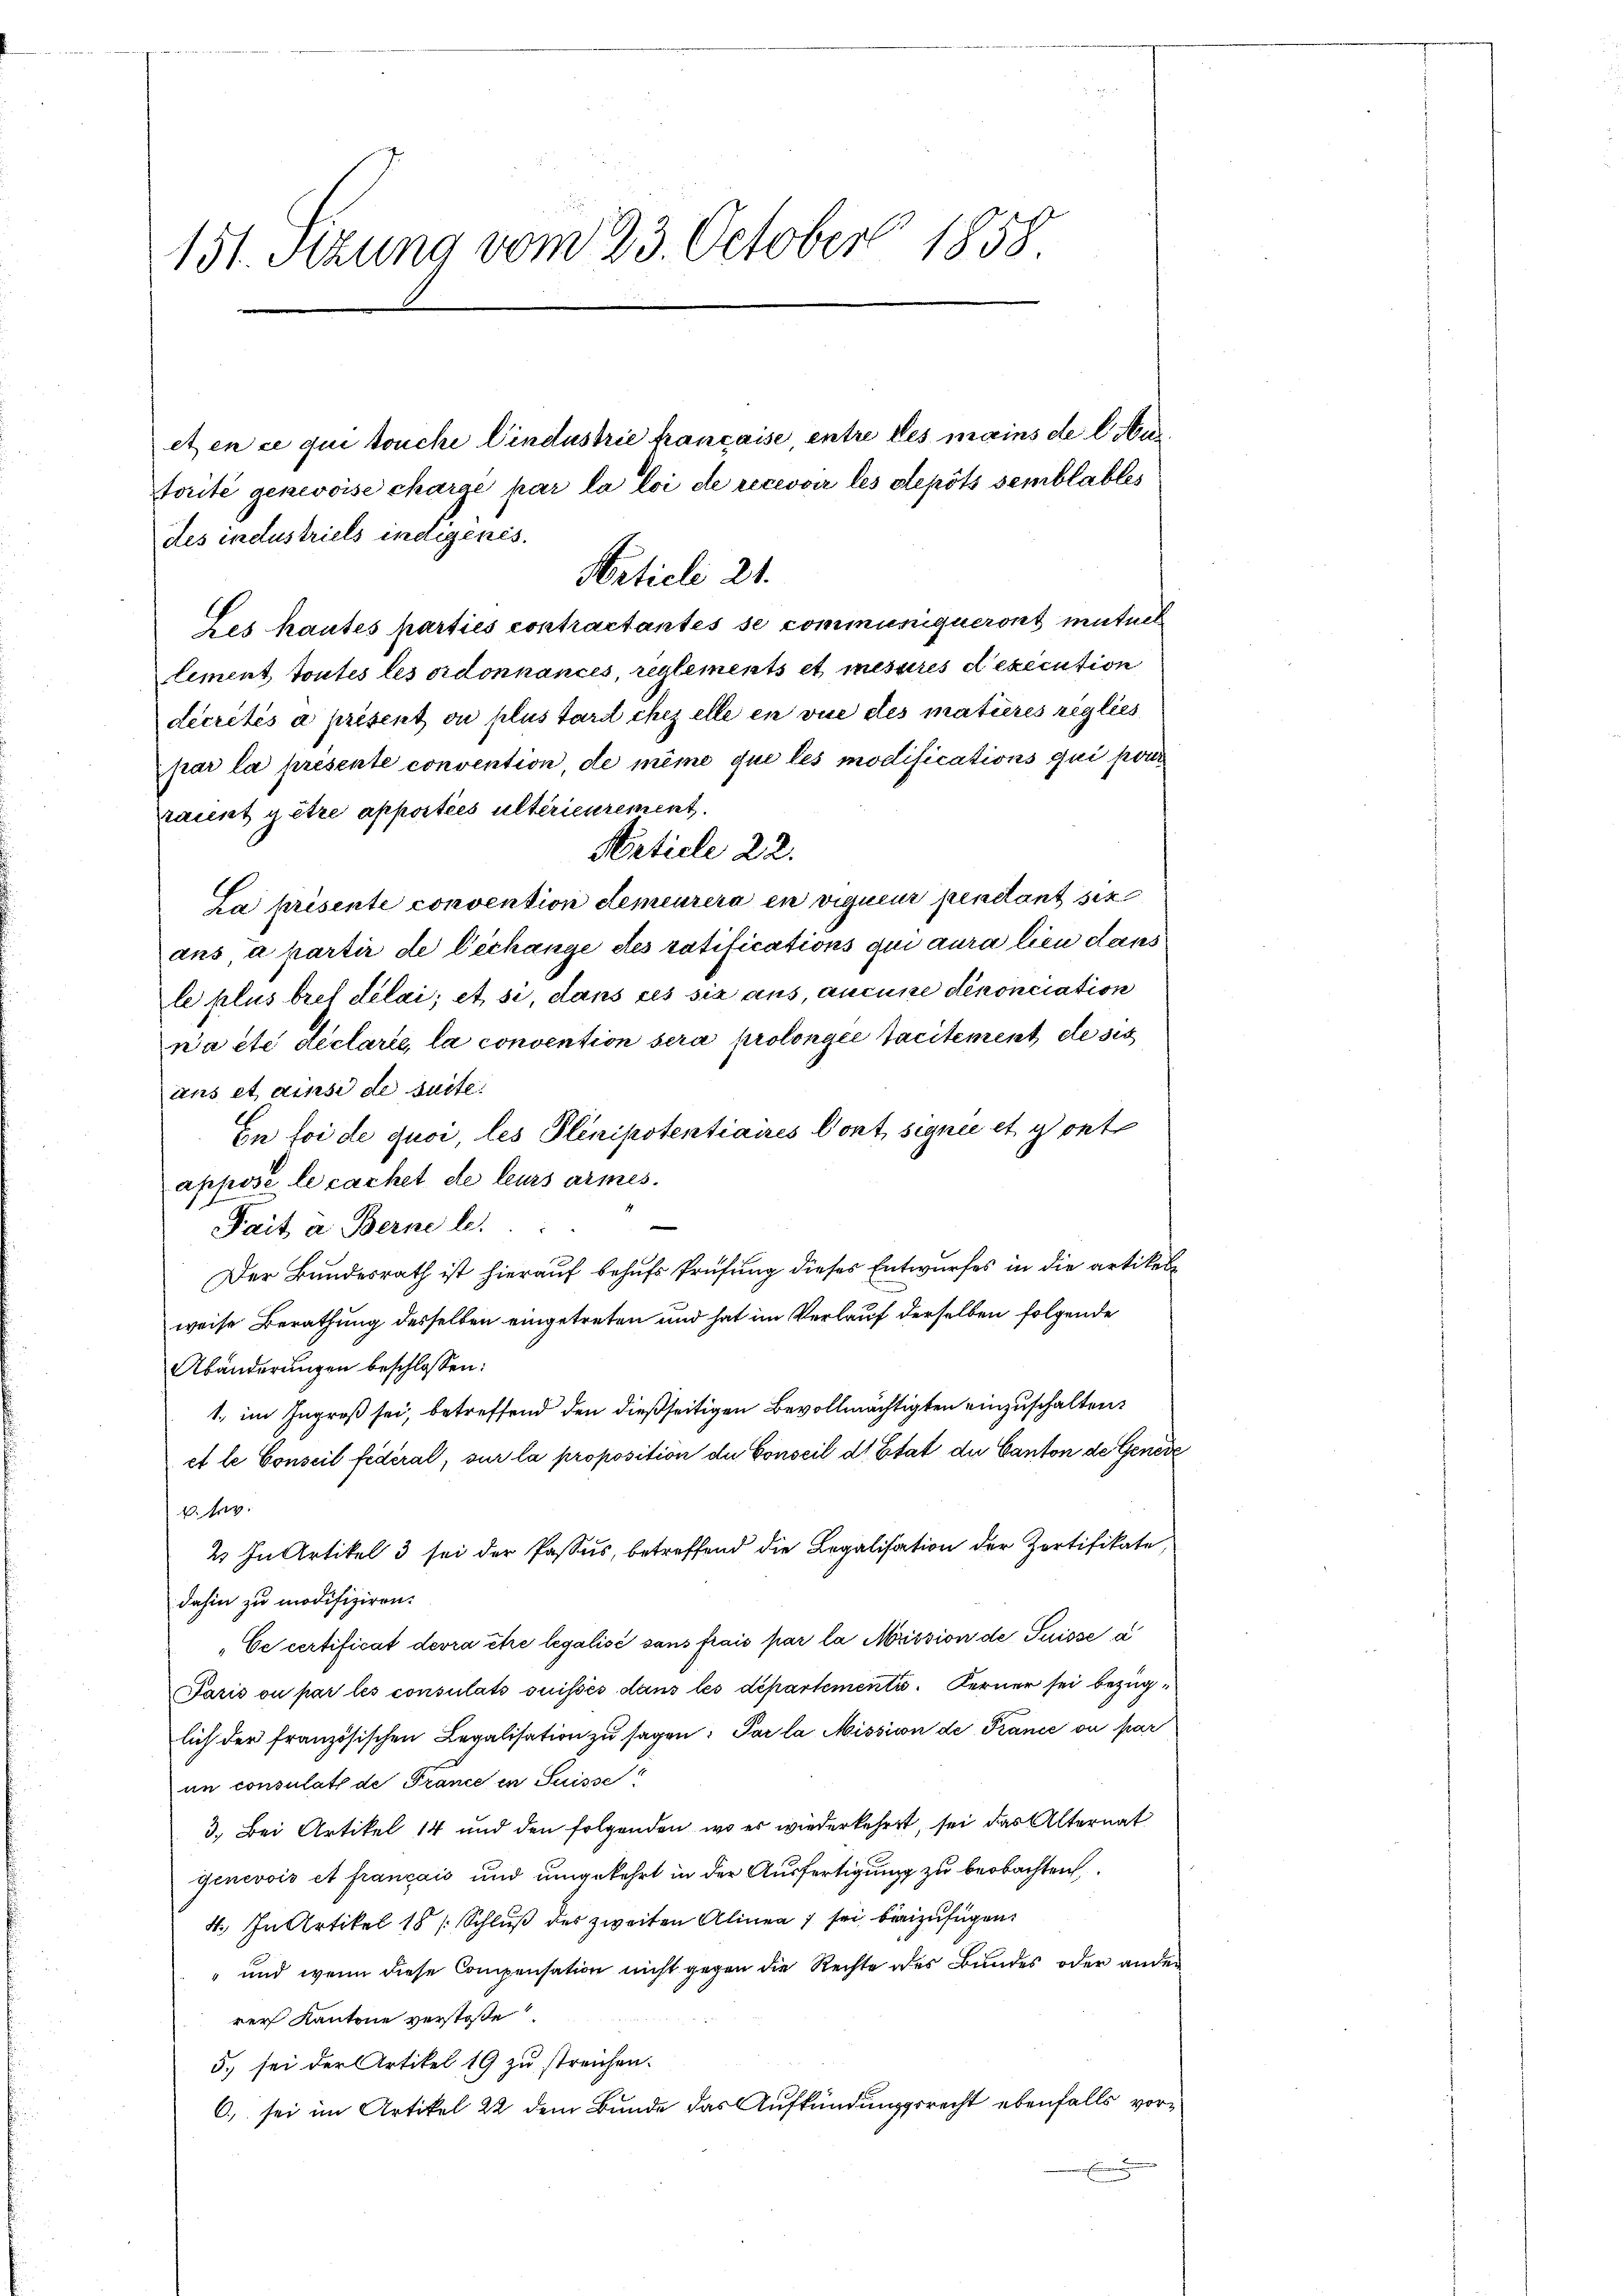
151. Setzung vom 23. October 1858.

etzen ce qui touche Windustrie française entre les mains de laus
torité genevoise charge par la loi de recevoir les depots semblables
des industriels indigenes.
Les hautes parties contractantes se communiqueront mutuel
lement toutes les ordonnances, reglements et mesures dexecution
decretés à présent ou plus tard chez elle en vue des matières reglies
par la présente convention, de même que les modifications qui pour
kannt getre apporties ultérieurement.
Article 22.
La présente convention demeurera in vigueur pendant sie
ans a partir de l’échange des ratifications qui aura lieu dans
le plus bref délai, et si, dans ces sie aus, aucune dénonciation
wa été déclarii, la convention sera prolongie tacitement des
ans et ainsi de suite.
In foi de quoi, les Plinipotentiaires Cont signie et y ret
apposé le cachet de leurs armes¬
Pait a Berne le
Der Bundesrath ist hierauf behufs Prüfung dieses Entwurfes in die artikel
weise Berathung desselben eingetreten und hat im Verlauf derselben folgende
Abänderungen beschlossen:
1. im Ingroß sei, betreffend den dießseitigen Bevollmächtigten einzuschalten.
et le Conseil fédéral, sur la proposition du Conseil d’Etat der Canton de Genere
2fr.
2 In Artikel 3 sei der Passus, betreffend die Legalisation der Zortifikate,
dahin zu modifiziren.
„Ce certificat devra être legalisé sans frais par la Mission de Puisse a
Paris ou par les consulats suissés dans les departemente. Ferner sei bezüglich der französischen Legalisation zu sagen: Par la Mission de France ou par
in consulats de France en Suisse
3.) Bei Artikel 14 und den folgenden, wo es wiederkehrt, sei das Alternat
genevois et français und umgekehrt in der Ausfertigung zu beobachten.
4. In Artikel 18 / Schlŭβ des zweiten Alinea 7 sei beizufügen.
" und wenn diese Compensation nicht gegen die Rechte des Bundes oder ander
rer Kantone verstoße
5. sei der Artikel 19 zu streichen.
6) sei im Artikel 22 dem Bunde das Aufkündungsrecht ebenfalls vor¬

Article 21.